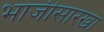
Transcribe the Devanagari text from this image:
भाजीसारखा